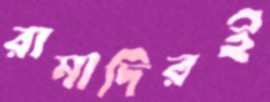
রামাদিরই